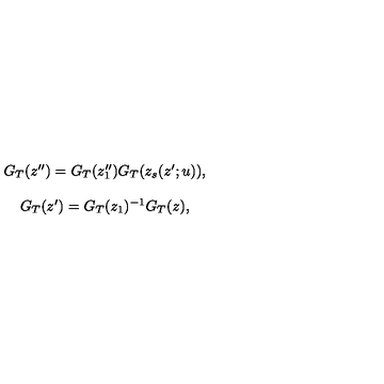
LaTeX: \begin{array} { c } { G _ { T } ( z ^ { \prime \prime } ) = G _ { T } ( z _ { 1 } ^ { \prime \prime } ) G _ { T } ( z _ { s } ( z ^ { \prime } ; u ) ) , } \\ { { } } \\ { G _ { T } ( z ^ { \prime } ) = G _ { T } ( z _ { 1 } ) ^ { - 1 } G _ { T } ( z ) , } \\ \end{array}